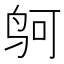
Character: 𱉕